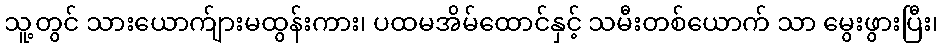
သူ့တွင် သားယောက်ျားမထွန်းကား၊ ပထမအိမ်ထောင်နှင့် သမီးတစ်ယောက် သာ မွေးဖွားပြီး၊